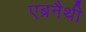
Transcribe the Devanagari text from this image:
एब्रनैथी